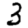
Digit: 3